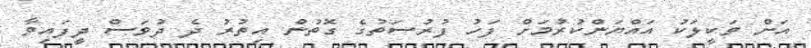
އަށް ވަކީލަކު އައްޔަންކުރުމަށް ފަހު ފުރުސަތުގެ ގޮތުން އިތުރު ދެ ދުވަސް ދީފައިވާ